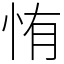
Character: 㤢